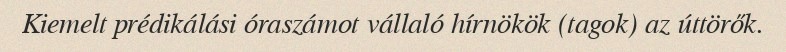
Kiemelt prédikálási óraszámot vállaló hírnökök (tagok) az úttörők.